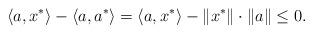
LaTeX: \begin{align*}\langle a, x^*\rangle-\langle a,a^*\rangle= \langle a, x^*\rangle-\|x^*\|\cdot\|a\|\leq 0.\end{align*}